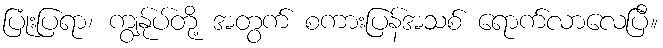
ပြုံးပြရာ၊ ကျွန်ုပ်တို့ အတွက် စကားပြန်အသစ် ရောက်လာလေပြီ။